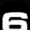
Digit: 6